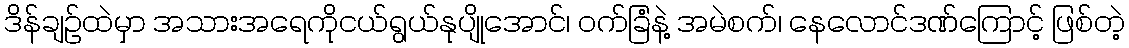
ဒိန်ချဉ်ထဲမှာ အသားအရေကိုငယ်ရွယ်နုပျိုအောင်၊ ဝက်ခြံနဲ့ အမဲစက်၊ နေလောင်ဒဏ်ကြောင့် ဖြစ်တဲ့